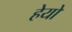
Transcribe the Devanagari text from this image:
हेयो